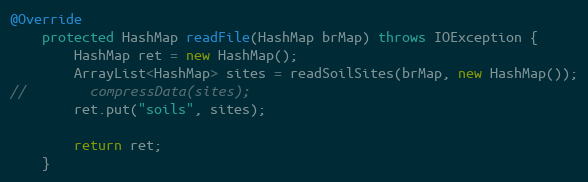
Language: Java
@Override
    protected HashMap readFile(HashMap brMap) throws IOException {
        HashMap ret = new HashMap();
        ArrayList<HashMap> sites = readSoilSites(brMap, new HashMap());
//        compressData(sites);
        ret.put("soils", sites);

        return ret;
    }